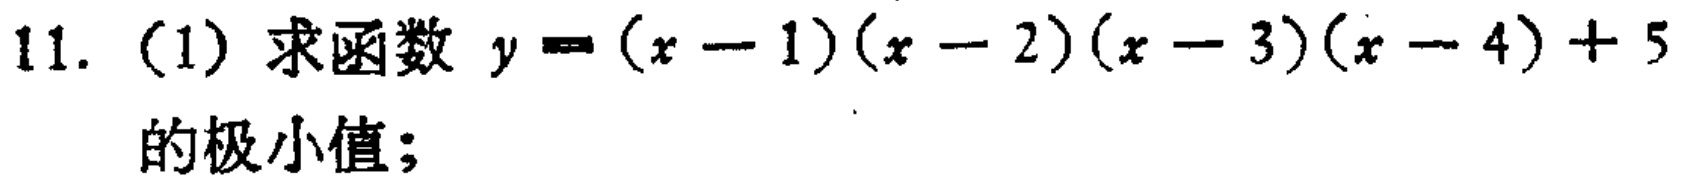
11. (1) 求函数 \(y=(x - 1)(x - 2)(x - 3)(x - 4)+5\) 的极小值；